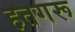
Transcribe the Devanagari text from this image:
हतगरू